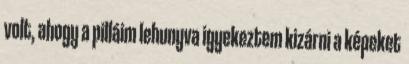
volt, ahogy a pilláim lehunyva igyekeztem kizárni a képeket